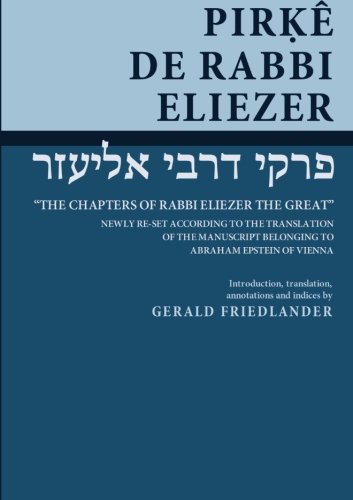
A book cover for Pirke de-Rabbi Eliezer; .; Religion & Spirituality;